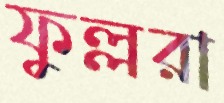
ফুল্লরা